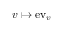
v \mapsto \mathrm { e v } _ { v }